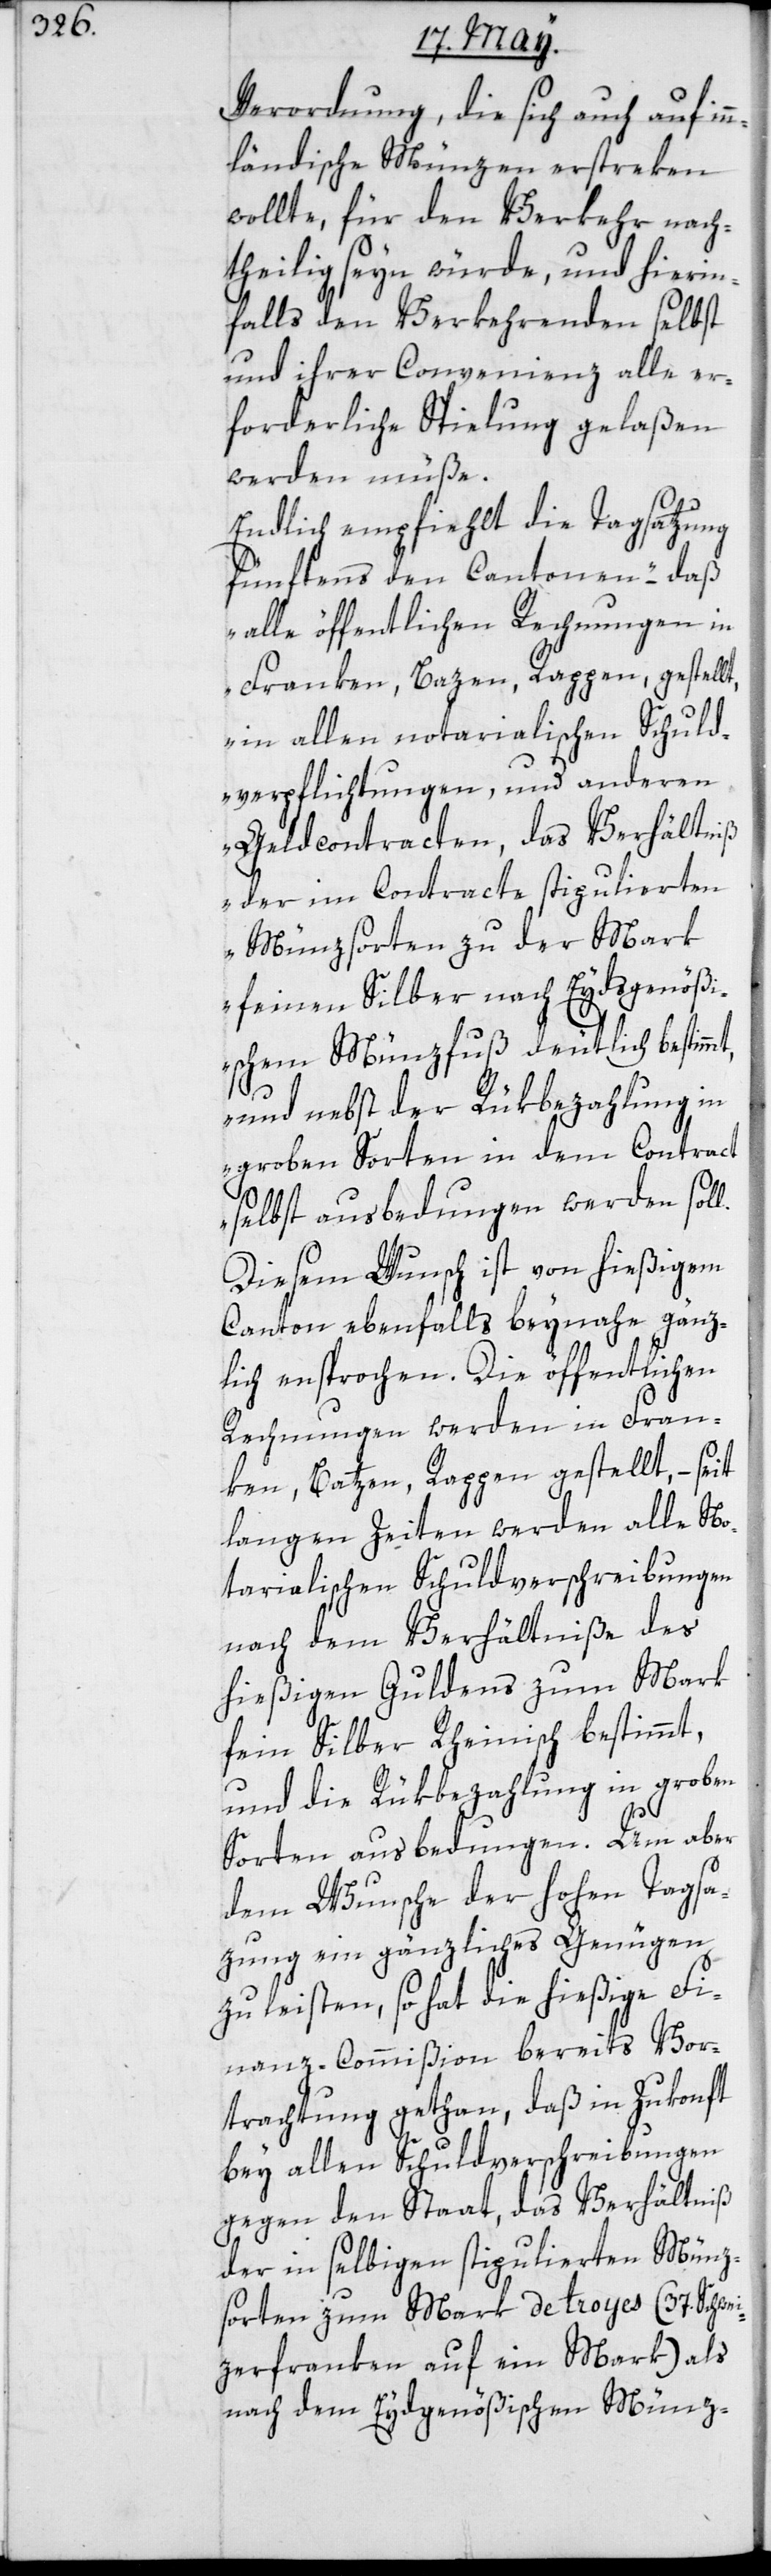
l.

Verordnung, die sich auch auf in¬
nländische Münzen erstreken
wollte, für den Verkehr nach¬
theilig seyn würde, und hierin¬
falls den Verkehrenden selbst
und ihrer Convenienz alle er¬
forderliche Spielung gelaßen
werden müße.
Endlich empfiehlt die Tagsatzung
fünftens den Cantonen – „daß
alle öffentlichen Rechnungen in
Franken, Bazen, Rappen gestell¬
in allen notarialischen Schuld¬
verpflichtungen und anderen
Geldcontracten, das Verhältniß
der im Contracte stipulierten
Münzsorten zu der Mark
feinen Silber nach Eydsgenöß¬
ischem Münzfuß deutlich bestimmt,
und nebst der Rükbezahlung in
groben Sorten in dem Contract
selbst ausbedungen werden sol¬
Diesem Wunsch ist von hießigem
Canton ebenfalls beynahe gänz¬
lich entsprochen. Die öffentlichen
Rechnungen werden in Fran¬
ken, Batzen, Rappen gestellt, –
langen Zeiten werden alle No¬
tarialischen Schuldverschreibungen
nach dem Verhältniße des
hießigen Guldens zum Mark
fein Silber Rheinisch bestimmt,
und die Rükbezahlung in groben
Sorten ausbedungen. Um aber
dem Wunsche der hohen Tagsa¬
zung ein gänzliches Genügen
zu leisten, so hat die hießige Fi¬
nanz-Commißion bereits Vor¬
trachtung gethan, daß in Zukonft
bey allen Schuldverschreibungen
gegen den Staat, das Verhältniß
der in selbigen stipulierten Münz¬
sorten zum Mark de troyes (37. Schwei¬
zerfranken auf ein Mark) als
nach dem Eidgenößischen Münz-